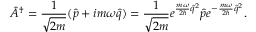
\hat { A } ^ { \dagger } = \frac { 1 } { \sqrt { 2 m } } ( \hat { p } + i m \omega \hat { q } ) = \frac { 1 } { \sqrt { 2 m } } e ^ { \frac { m \omega } { 2 \hbar } \hat { q } ^ { 2 } } \hat { p } e ^ { - \frac { m \omega } { 2 \hbar } \hat { q } ^ { 2 } } .